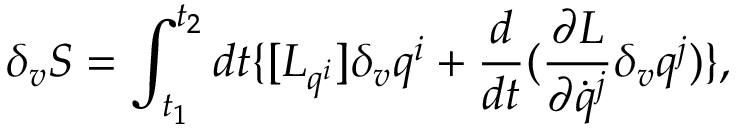
\delta _ { v } { S } = \int _ { t _ { 1 } } ^ { t _ { 2 } } d t \{ [ { L } _ { q ^ { i } } ] \delta _ { v } q ^ { i } + \frac { d } { d t } ( \frac { \partial { L } } { \partial \dot { q } ^ { j } } \delta _ { v } q ^ { j } ) \} ,